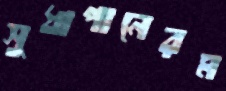
সুধাপানেরম